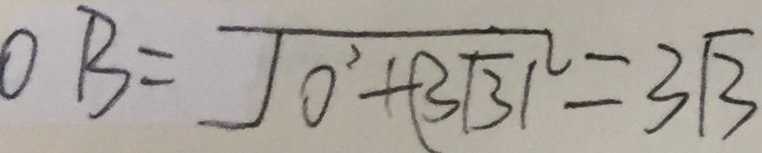
O B = \sqrt { 0 ^ { 2 } + ( 3 \sqrt { 3 } ) ^ { 2 } } = 3 \sqrt { 3 }